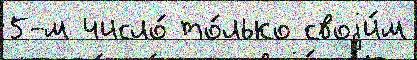
5-м число́ то́лько своjи́м